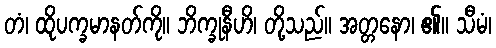
တံ၊ ထိုပက္ခမာနတ်ကို။ ဘိက္ခုနီဟိ၊ တို့သည်။ အတ္တနော၊ ၏။ သီမံ၊